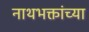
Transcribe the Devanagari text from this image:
नाथभक्तांच्या